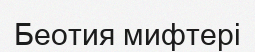
Беотия мифтері